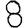
Digit: 8